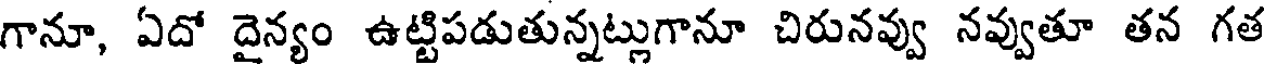
గానూ, ఏదో దైన్యం ఉట్టిపడుతున్నట్లుగానూ చిరునవ్వు నవ్వుతూ తన గత